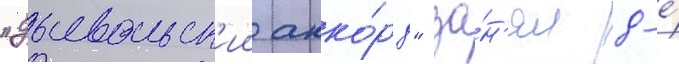
"дьявольск'ии акко́рд" за́н'ял 8-е́